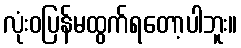
လုံးဝပြန်မထွက်ရတော့ပါဘူး။